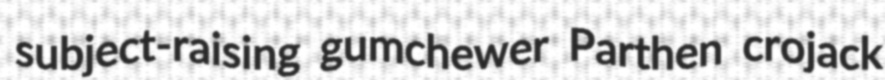
subject-raising gumchewer Parthen crojack